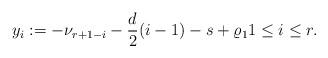
LaTeX: \begin{align*}y_i:=-\nu_{r+1-i}-\frac{d}{2}(i-1)-s+\varrho_11\leq i\leq r.\end{align*}